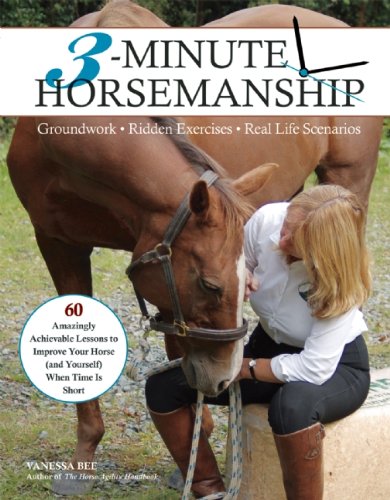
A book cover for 3-Minute Horsemanship: 60 Amazingly Achievable Lessons to Improve Your Horse When Time Is Short; Vanessa Bee; Crafts, Hobbies & Home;